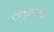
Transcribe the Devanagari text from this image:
ग्रंथमुद्रणाचा